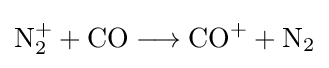
{\mathrm {N} {\vphantom {A}}_{\smash[{t}]{2}}^{+}{}+{}\mathrm {CO} {}\mathrel {\longrightarrow } {}\mathrm {CO} {\vphantom {A}}^{+}{}+{}\mathrm {N} {\vphantom {A}}_{\smash[{t}]{2}}}